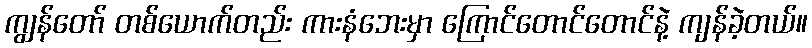
ကျွန်တော် တစ်ယောက်တည်း ကားနံဘေးမှာ ကြောင်တောင်တောင်နဲ့ ကျန်ခဲ့တယ်။